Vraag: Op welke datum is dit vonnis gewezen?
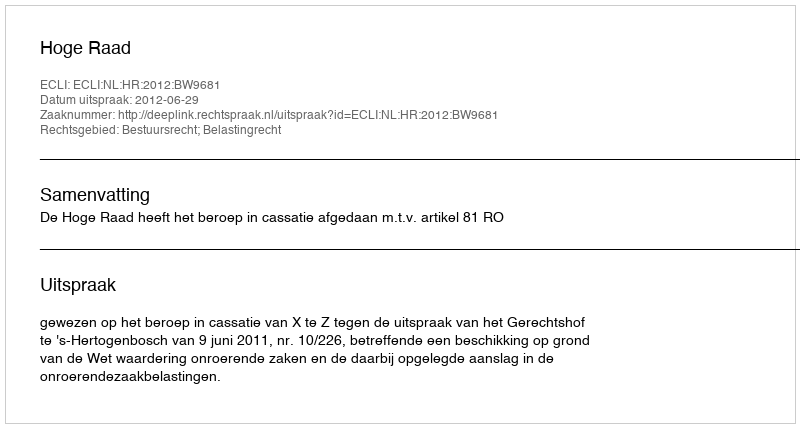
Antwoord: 2012-06-29